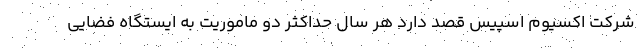
شرکت اکسیوم اسپیس قصد دارد هر سال حداکثر دو ماموریت به ایستگاه فضایی